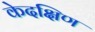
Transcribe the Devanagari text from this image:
केदक्षिण